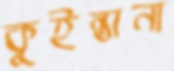
কুইন্তানা